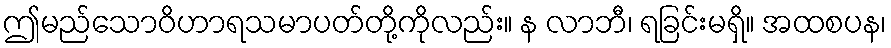
ဤမည်သောဝိဟာရသမာပတ်တို့ကိုလည်း။ န လာဘီ၊ ရခြင်းမရှိ။ အထစပန၊